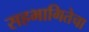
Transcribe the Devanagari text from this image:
सहभागितेचा